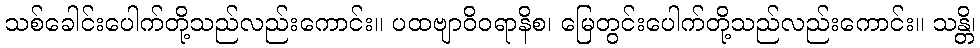
သစ်ခေါင်းပေါက်တို့သည်လည်းကောင်း။ ပထဗျာဝိဝရာနိစ၊ မြေတွင်းပေါက်တို့သည်လည်းကောင်း။ သန္တိ၊